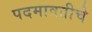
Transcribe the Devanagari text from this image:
पदमावतीचे